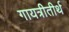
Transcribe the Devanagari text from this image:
गायत्रीतीर्थ